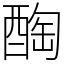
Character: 醄